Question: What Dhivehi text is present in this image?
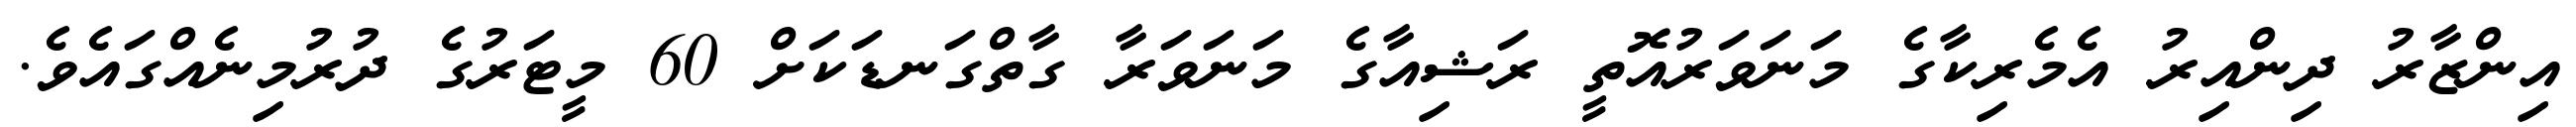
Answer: އިންޒާރު ދިންއިރު އެމެރިކާގެ މަނަވަރުއޮތީ ރަޝިއާގެ މަނަވަރާ ގާތްގަނޑަކަށް 60 މީޓަރުގެ ދުރުމިނެއްގައެވެ.